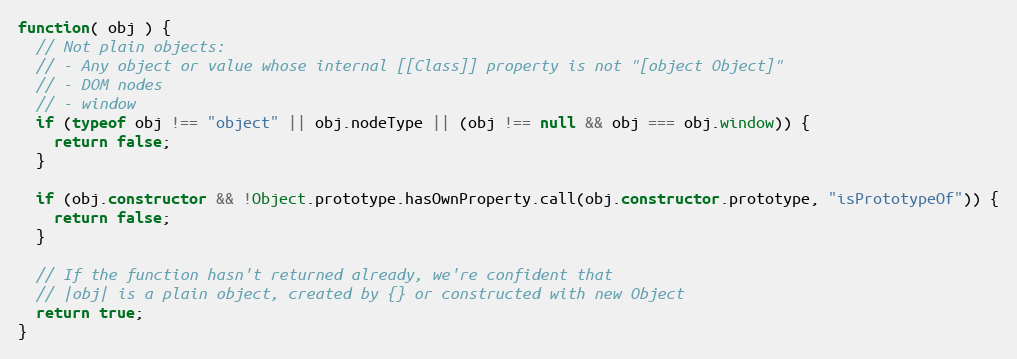
Language: JavaScript
function( obj ) {
  // Not plain objects:
  // - Any object or value whose internal [[Class]] property is not "[object Object]"
  // - DOM nodes
  // - window
  if (typeof obj !== "object" || obj.nodeType || (obj !== null && obj === obj.window)) {
    return false;
  }

  if (obj.constructor && !Object.prototype.hasOwnProperty.call(obj.constructor.prototype, "isPrototypeOf")) {
    return false;
  }

  // If the function hasn't returned already, we're confident that
  // |obj| is a plain object, created by {} or constructed with new Object
  return true;
}